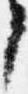
了